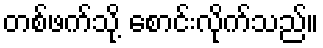
တစ်ဖက်သို့ စောင်းလိုက်သည်။